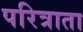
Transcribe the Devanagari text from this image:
परित्राता